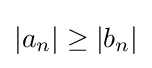
\left\vert a_{n}\right\vert \geq \left\vert b_{n}\right\vert